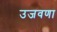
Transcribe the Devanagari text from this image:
उजवणा